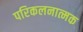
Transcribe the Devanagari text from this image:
परिकलनात्मक